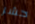
حشر